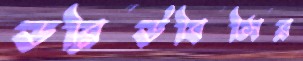
ডব্লিউবিসির